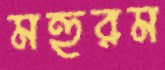
মহুরম